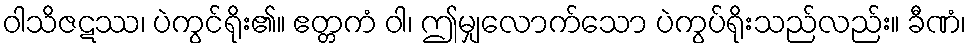
ဝါသိဇဋဿ၊ ပဲကွင်ရိုး၏။ ဧတ္တကံ ဝါ၊ ဤမျှလောက်သော ပဲကွပ်ရိုးသည်လည်း။ ခီဏံ၊